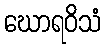
ဃောရဝိသံ